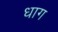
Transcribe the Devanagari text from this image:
धाग